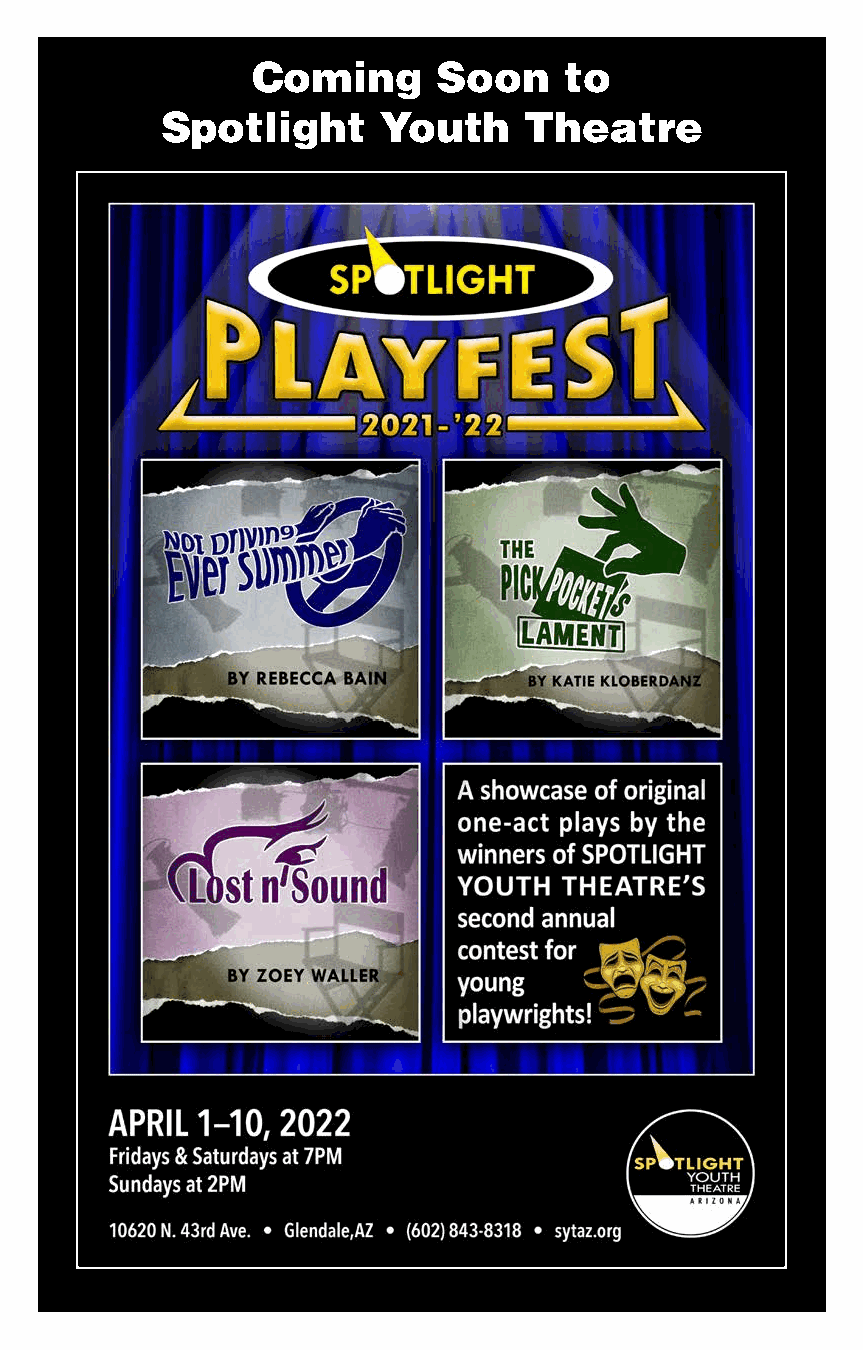
Coming      Soon    to
 Spotlight     Youth     Theatre